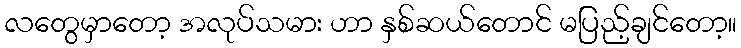
လတွေမှာတော့ အလုပ်သမား ဟာ နှစ်ဆယ်တောင် မပြည့်ချင်တော့။